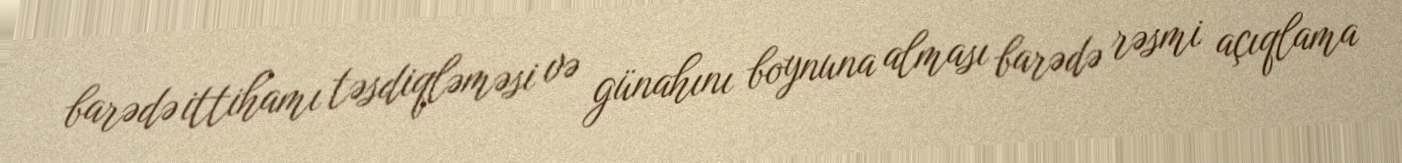
barədə ittihamı təsdiqləməsi və günahını boynuna alması barədə rəsmi açıqlama